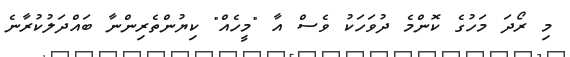
މި ރޯދަ މަހުގެ ކޮންމެ ދުވަހަކު ވެސް އާ "މީހެއް" ކިޔުންތެރިންނާ ބައްދަލުކުރާނެ